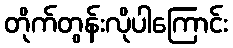
တိုက်တွန်းလိုပါကြောင်း